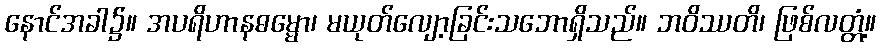
နောင်အခါ၌။ အပရိဟာနဓမ္မော၊ မယုတ်လျော့ခြင်းသဘောရှိသည်။ ဘဝိဿတိ၊ ဖြစ်လတ္တံ့။